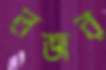
লজর